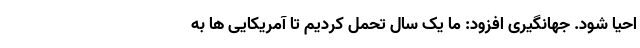
احیا شود. جهانگیری افزود: ما یک سال تحمل کردیم تا آمریکایی ها به